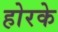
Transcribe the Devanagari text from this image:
होरके